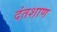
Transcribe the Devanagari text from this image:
दंतशाण